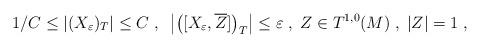
LaTeX: \begin{align*} 1/C\leq |(X_{\varepsilon})_{T}|\leq C\;,\;\;\left|\left([X_{\varepsilon}, \overline{Z}]\right)_{T}\right| \leq \varepsilon \;,\;Z\in T^{1,0}(M)\;,\;|Z|=1\;,\end{align*}